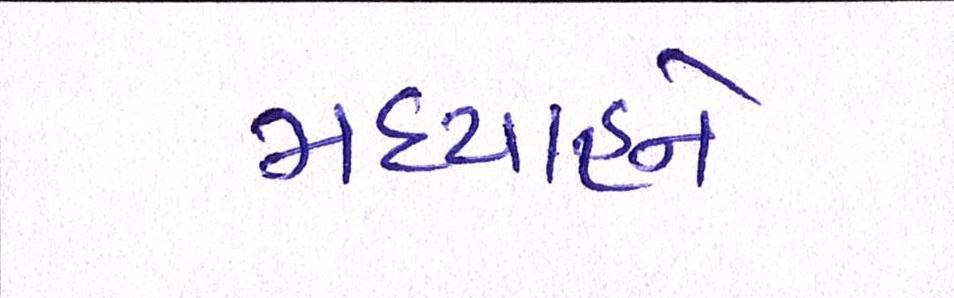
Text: મધ્યાહ્ને